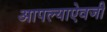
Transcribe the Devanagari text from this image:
आपल्याऐवजी